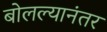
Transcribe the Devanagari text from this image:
बोलल्यानंतर